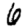
Digit: 6